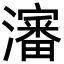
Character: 瀋